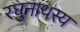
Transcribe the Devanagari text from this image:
रघुनाथस्य